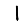
Digit: 1